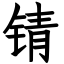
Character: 锖